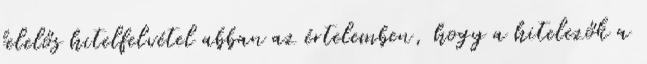
felelős hitelfelvétel abban az értelemben, hogy a hitelezők a